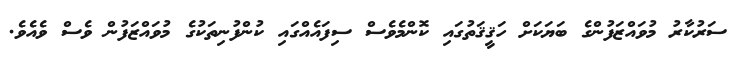
ސަރުކާރު މުވައްޒަފުންގެ ބަޔަކަށް ހަޤީޤަތުގައި ކޮންމެވެސް ސިފައެއްގައި ކުންފުނިތަކުގެ މުވައްޒަފުން ވެސް ވެއެވެ.